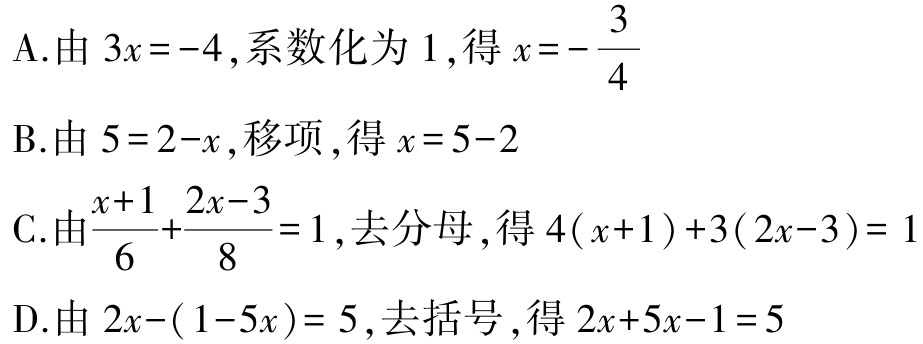
A.由 \(3x = -4\),系数化为 \(1\),得 \(x = -\dfrac{3}{4}\)

B.由 \(5 = 2 - x\),移项,得 \(x = 5 - 2\)

C.由\(\dfrac{x + 1}{6}+\dfrac{2x - 3}{8}=1\),去分母,得 \(4(x + 1)+3(2x - 3)=1\)

D.由 \(2x-(1 - 5x)=5\),去括号,得 \(2x + 5x - 1 = 5\)